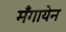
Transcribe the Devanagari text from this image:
मँगायेन